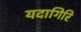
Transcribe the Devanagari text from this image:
यदागिरि